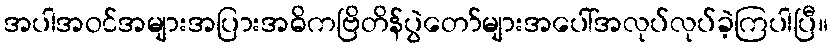
အပါအဝင်အများအပြားအဓိကဗြိတိန်ပွဲတော်များအပေါ်အလုပ်လုပ်ခဲ့ကြပါပြီ။